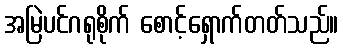
အမြဲပင်ဂရုစိုက် စောင့်ရှောက်တတ်သည်။